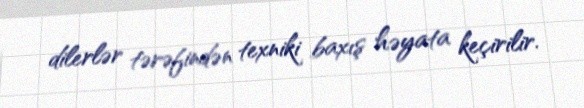
dilerlər tərəfindən texniki baxış həyata keçirilir.